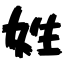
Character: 姓